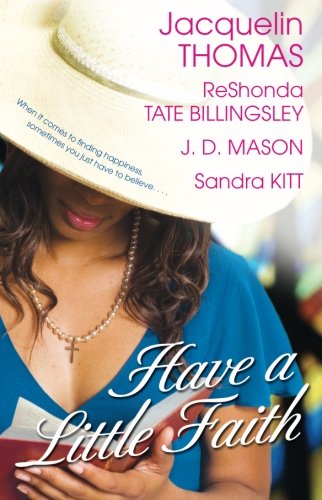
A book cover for Have a Little Faith; ReShonda Tate Billingsley; Religion & Spirituality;